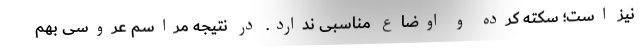
نیز است؛ سکته کرده و اوضاع مناسبی ندارد. در نتیجه مراسم عروسی بهم